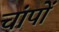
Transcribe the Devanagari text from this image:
चांपों